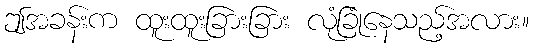
ဤအခန်းက ထူးထူးခြားခြား လုံခြုံနေသည့်အလား။